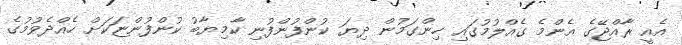
އެއީ ރާއްޖޭގެ އެންމެ ގެއްލުމުގައި ހިންގަމުން ދިޔަ ކުންފުންފުނި ކާމިޔާބު ކުންފުންޏަކަށް ހެއްދެވުމުގެ